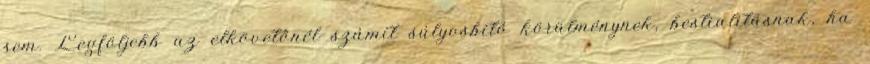
sem. Legföljebb az elkövetőnél számít súlyosbító körülménynek, bestialitásnak, ha